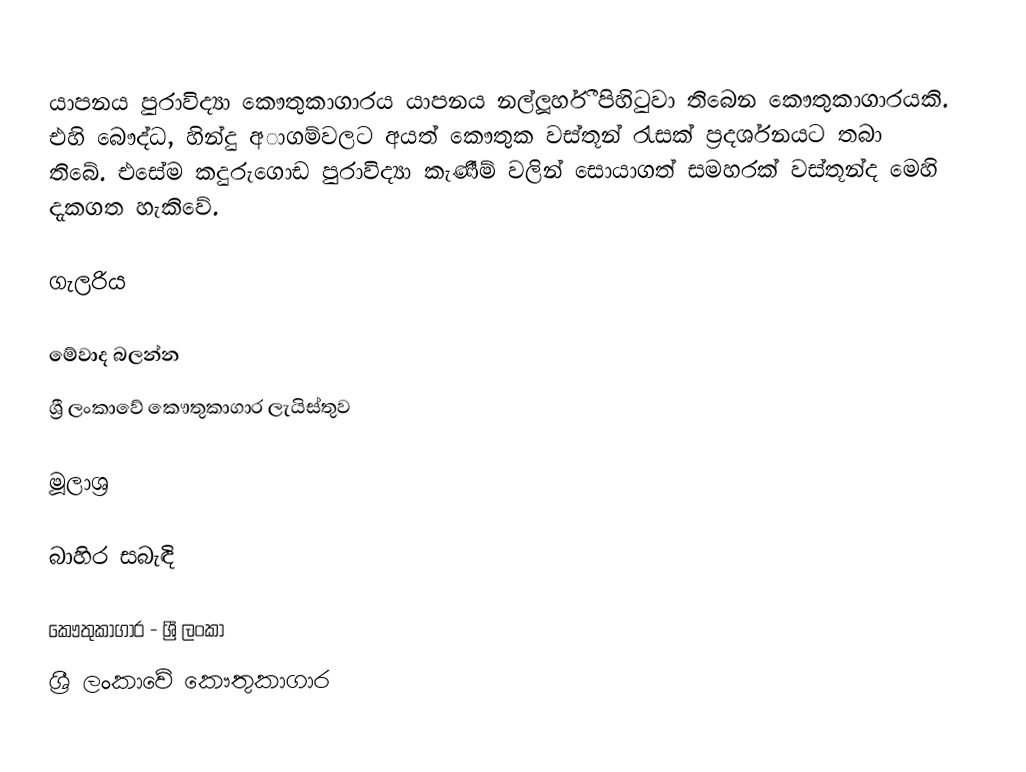
යාපනය පුරාවිද්‍යා කෞතුකාගාරය යාපනය නල්ලූර්හී පිහිටුවා තිබෙන කෞතුකාගාරයකි. එහි බෞද්ධ, හින්දු අාගම්වලට අයත් කෞතුක වස්තූන් රැසක් ප්‍රදර්ශනයට තබා තිබේ. එසේම කදුරුගොඩ පුරාවිද්‍යා කැණීම් වලින් සොයාගත් සමහරක් වස්තූන්ද මෙහි දැකගත හැකිවේ.

ගැලරිය

මේවාද බලන්න
ශ්‍රී ලංකාවේ කෞතුකාගාර ලැයිස්තුව

මූලාශ්‍ර

බාහිර සබැඳි

කෞතුකාගාර - ශ්‍රී ලංකා
ශ්‍රී ලංකාවේ කෞතුකාගාර